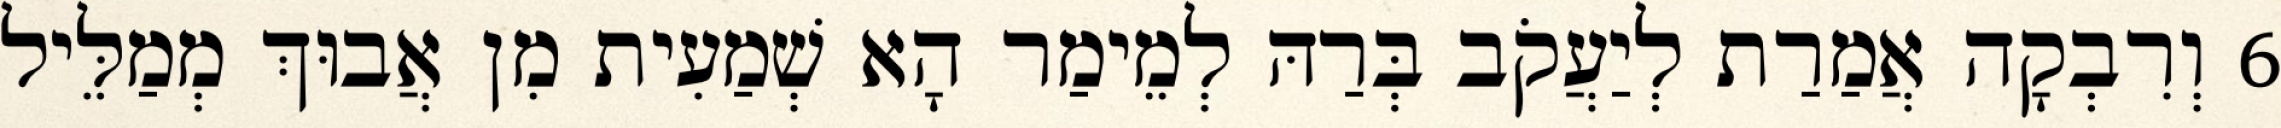
6 וְרִבְקָה אֲמַרַת לְיַעֲקֹב בְּרַהּ לְמֵימַר הָא שְׁמַעִית מִן אֲבוּךְ מְמַלֵּיל